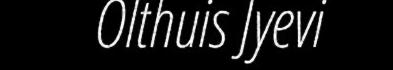
Olthuis Jyevi